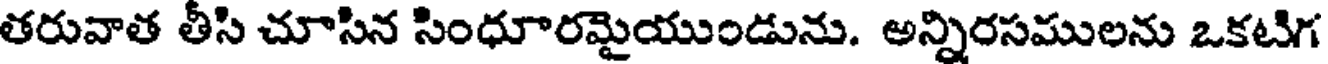
తరువాత తీసి చూసిన సింధూరమైయుండును. అన్నిరసములను ఒకటిగ